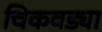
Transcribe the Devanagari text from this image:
चिकवड्या